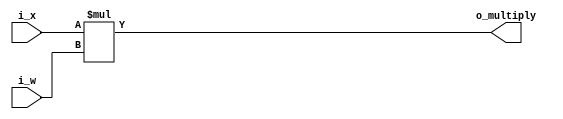
module multiply
#(parameter XW=8, WW=8)
(
input signed [XW-1:0] i_x,
input signed [WW-1:0] i_w,
output reg signed [XW+WW-1:0] o_multiply);


always @(*) begin
	o_multiply= i_x*i_w;
	end

endmodule